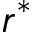
r ^ { * }